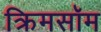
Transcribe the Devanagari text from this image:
क्रिमसॉम